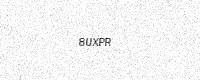
Text: 8UXPR